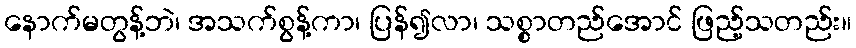
နောက်မတွန့်ဘဲ၊ အသက်စွန့်ကာ၊ ပြန်၍လာ၊ သစ္စာတည်အောင် ဖြည့်သတည်း။